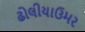
ઢોલીયાઉમર